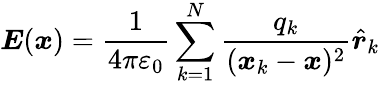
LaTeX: {\boldsymbol{E}}({\boldsymbol{x}})={\frac{1}{4\pi\varepsilon_{0}}}\sum_{k=1}^{N}{\frac{q_{k}}{({\boldsymbol{x}}_{k}-{\boldsymbol{x}})^{2}}}{\hat{\boldsymbol{r}}}_{k}